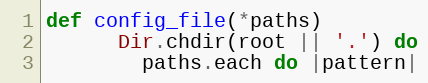
Language: Ruby
def config_file(*paths)
      Dir.chdir(root || '.') do
        paths.each do |pattern|